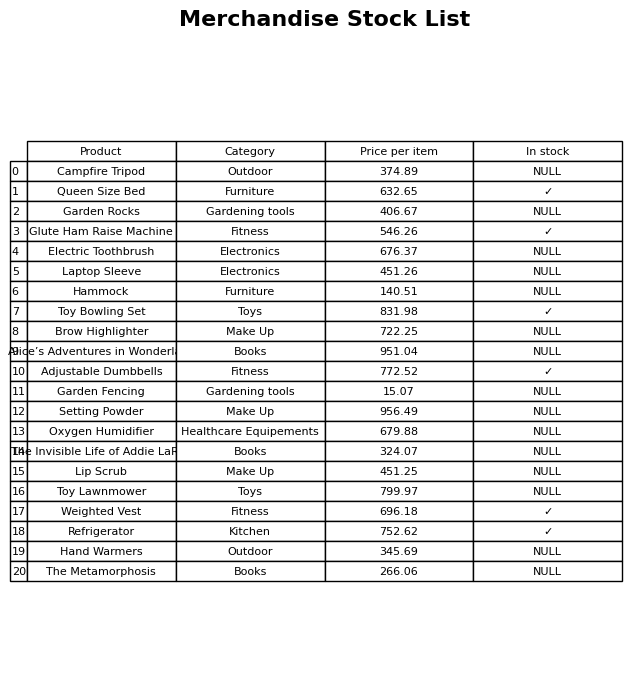
question: What is the stock status of the Toy Lawnmower?
answer: NULL